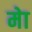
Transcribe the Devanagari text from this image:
मेा